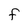
Character: F